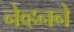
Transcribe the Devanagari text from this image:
नेव्हनने